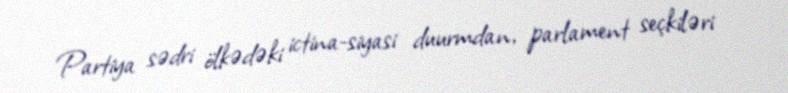
Partiya sədri ölkədəki ictina-siyasi duurmdan, parlament seçkiləri